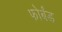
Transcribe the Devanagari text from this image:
फोर्बंड